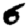
Digit: 6